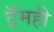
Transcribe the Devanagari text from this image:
ट्रॅमही